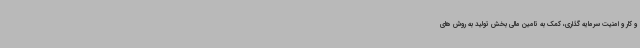
و کار و امنیت سرمایه گذاری، کمک به تامین مالی بخش تولید به روش های